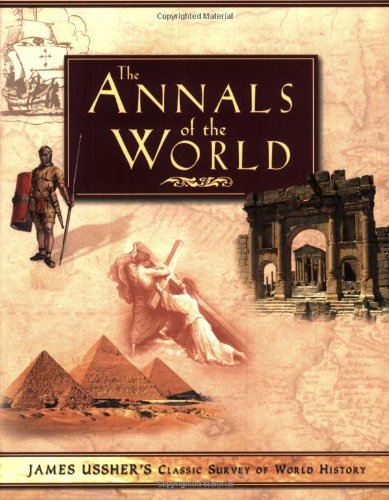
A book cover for The Annals of the World; James Ussher; History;